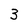
Character: 3